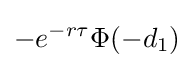
-e^{-r\tau }\Phi (-d_{1})